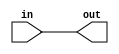
module HW_5 #(parameter N = 8) (input [N-1:0]in,output wire [N-1:0]out);
assign out = in;
endmodule